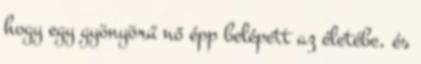
hogy egy gyönyörű nő épp belépett az életébe, és